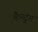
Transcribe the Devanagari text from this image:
कैन्टुंग